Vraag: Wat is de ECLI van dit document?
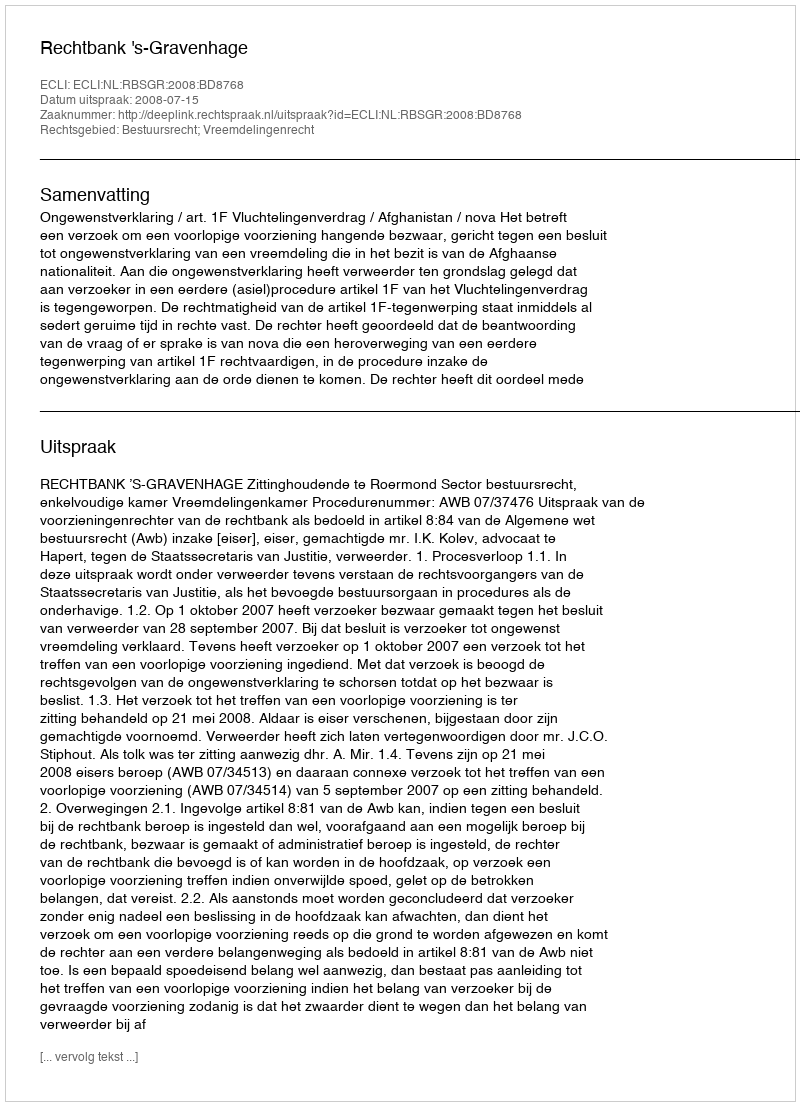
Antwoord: ECLI:NL:RBSGR:2008:BD8768